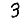
Digit: 3